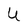
Character: U